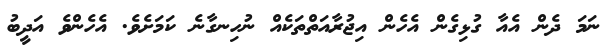
ނަމަ ދެން އެއާ ގުޅިގެން އެހެން އިޖުރާއަތްތަކެއް ނުހިނގާނެ ކަމަށެވެ. އެހެންވެ އަދީބު